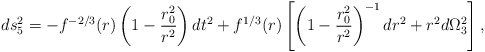
\begin{align*}ds^2_5=-f^{-2/3}(r)\left(1-{{r^2_0}\over{r^2}}\right)dt^2+f^{1/3}(r)\left[\left(1-{{r^2_0}\over{r^2}}\right)^{-1}dr^2+r^2d\Omega^2_3\right],\end{align*}